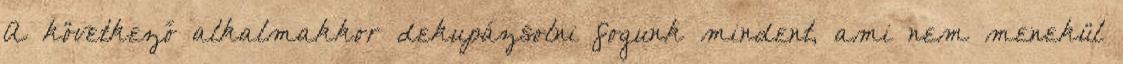
A következő alkalmakkor dekupázsolni fogunk mindent, ami nem menekül